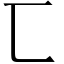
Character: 匸